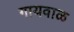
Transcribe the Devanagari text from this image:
गायवाळ